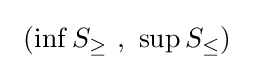
\ \left(\inf S_{\geq }\ ,\ \sup S_{\leq }\right)\